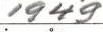
1949